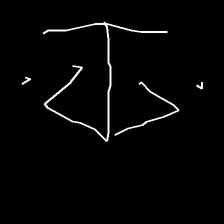
Glyph: earth